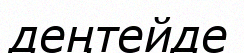
деңтейде